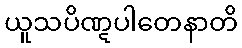
ယူသပိဏ္ဋပါတေနာတိ